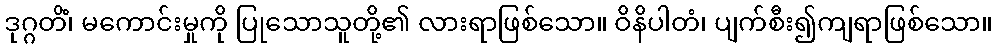
ဒုဂ္ဂတိံ၊ မကောင်းမှုကို ပြုသောသူတို့၏ လားရာဖြစ်သော။ ဝိနိပါတံ၊ ပျက်စီး၍ကျရာဖြစ်သော။